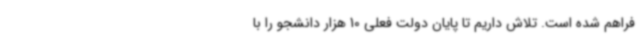
فراهم شده است. تلاش داریم تا پایان دولت فعلی 10 هزار دانشجو را با